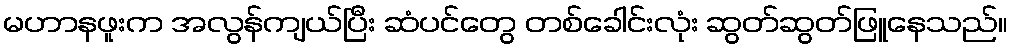
မဟာနဖူးက အလွန်ကျယ်ပြီး ဆံပင်တွေ တစ်ခေါင်းလုံး ဆွတ်ဆွတ်ဖြူနေသည်။